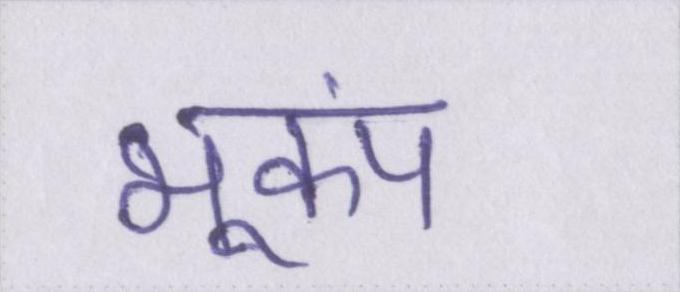
भूकंप